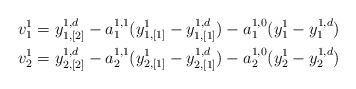
LaTeX: \begin{align*}v_{1}^{1} & =y_{1,[2]}^{1,d}-a_{1}^{1,1}(y_{1,[1]}^{1}-y_{1,[1]}^{1,d})-a_{1}^{1,0}(y_{1}^{1}-y_{1}^{1,d})\\v_{2}^{1} & =y_{2,[2]}^{1,d}-a_{2}^{1,1}(y_{2,[1]}^{1}-y_{2,[1]}^{1,d})-a_{2}^{1,0}(y_{2}^{1}-y_{2}^{1,d})\end{align*}